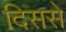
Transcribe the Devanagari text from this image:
दिससे